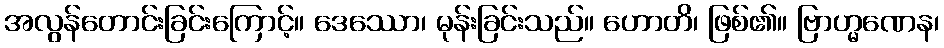
အလွန်တောင်းခြင်းကြောင့်။ ဒေဿော၊ မုန်းခြင်းသည်။ ဟောတိ၊ ဖြစ်၏။ ဗြာဟ္မဏေန၊